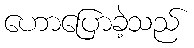
ဟောပြောခဲ့သည်